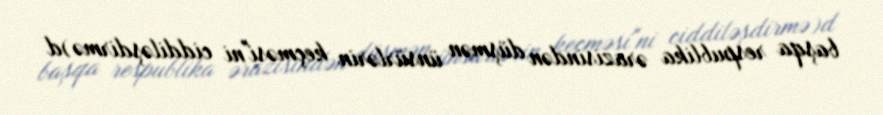
başqa respublika ərazisindən düşmən ünsürlərin keçməsi"ni ciddiləşdirmə)d